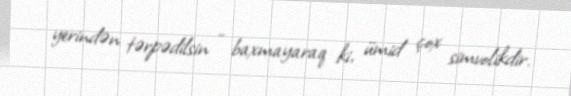
yerindən tərpədilsin - baxmayaraq ki, ümid çox simvolikdir.